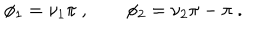
\phi _ { 1 } = \nu _ { 1 } \pi ~ , \qquad \phi _ { 2 } = \nu _ { 2 } \pi - \pi ~ .